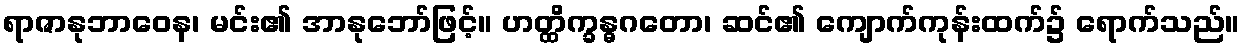
ရာဇာနုဘာဝေန၊ မင်း၏ အာနုဘော်ဖြင့်။ ဟတ္ထိက္ခန္ဓဂတော၊ ဆင်၏ ကျောက်ကုန်းထက်၌ ရောက်သည်။